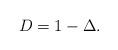
LaTeX: \begin{align*}D = 1-\Delta. \end{align*}